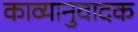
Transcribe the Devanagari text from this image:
काव्यानुवादक